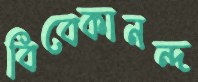
বিবেকানন্দ